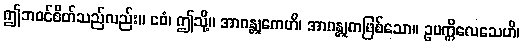
ဤဘဝင်စိတ်သည်လည်း။ ဧဝံ၊ ဤသို့။ အာဂန္တုကေဟိ၊ အာဂန္တုကဖြစ်သော။ ဥပက္ကိလေသေဟိ၊